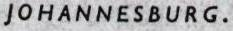
JOHANNESBURG.